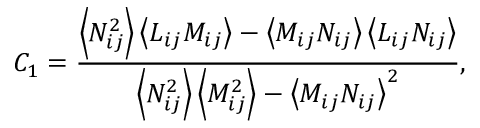
{ C _ { 1 } } = \frac { { \left\langle { N _ { i j } ^ { 2 } } \right\rangle \left\langle { { L } _ { i j } { M _ { i j } } } \right\rangle - \left\langle { { M _ { i j } } { N _ { i j } } } \right\rangle \left\langle { { L } _ { i j } { N _ { i j } } } \right\rangle } } { { \left\langle { N _ { i j } ^ { 2 } } \right\rangle \left\langle { M _ { i j } ^ { 2 } } \right\rangle - { { \left\langle { { M _ { i j } } { N _ { i j } } } \right\rangle } ^ { 2 } } } } ,